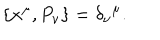
LaTeX: \{ x ^ { \mu } , P _ { \nu } \} = \delta _ { \nu } \hspace { 0 . 1 m m } ^ { \mu } .